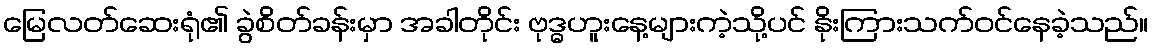
မြေလတ်ဆေးရုံ၏ ခွဲစိတ်ခန်းမှာ အခါတိုင်း ဗုဒ္ဓဟူးနေ့များကဲ့သို့ပင် နိုးကြားသက်ဝင်နေခဲ့သည်။